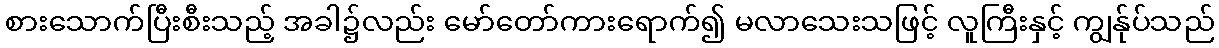
စားသောက်ပြီးစီးသည့် အခါ၌လည်း မော်တော်ကားရောက်၍ မလာသေးသဖြင့် လူကြီးနှင့် ကျွန်ုပ်သည်